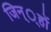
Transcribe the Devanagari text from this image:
जिन््हों